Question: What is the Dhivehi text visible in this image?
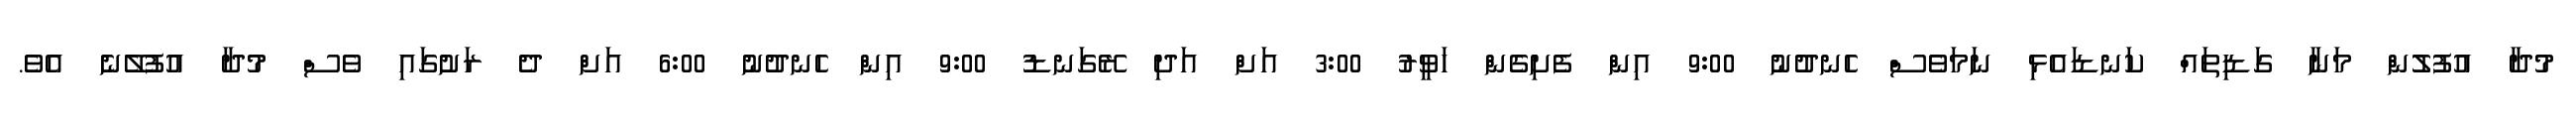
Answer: މުދާ އުފުލުން މަނާ ގަޑިތައް ކަނޑައެޅި ނަމަވެސް ހެނދުނު 9:00 އިން ފެށިގެން ހަވީރު 3:00 އަށް އަދި ރޭގަނޑު 9:00 އިން ހެނދުނު 6:00 އަށް ދެ ރަށުގައި ވެސް މުދާ އުފުލޭނެ އެވެ.